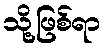
သို့ဖြစ်ရာ